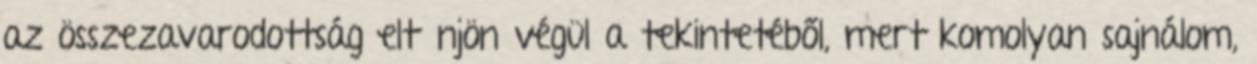
az összezavarodottság eltűnjön végül a tekintetéből, mert komolyan sajnálom,